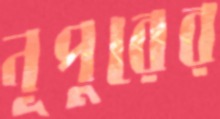
নূপুরের